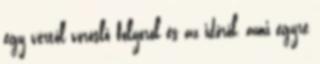
egy vértől vöröslő folyóról és az időről, ami egyre